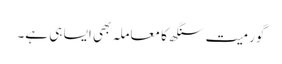
گورمیت سنگھ کا معاملہ بھی ایسا ہی ہے۔